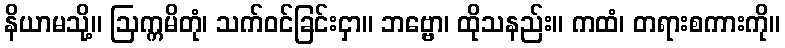
နိယာမသို့။ ဩက္ကမိတုံ၊ သက်ဝင်ခြင်းငှာ။ ဘဗ္ဗော၊ ထိုသနည်း။ ကထံ၊ တရားစကားကို။